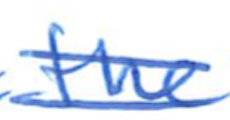
Text: the
Cross-out: double-line
Writing tool: ballpoint